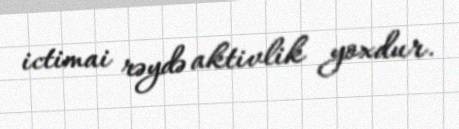
ictimai rəydə aktivlik yoxdur.